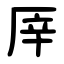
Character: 厗